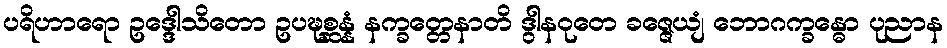
ပရိဟာရော ဥဒ္ဒေါသိတော ဥပဍ္ဎစ္ဆန္နံ နက္ခတ္တေနာတိ ဒွါနဝုတေ ခဇ္ဇေယျံ ဘောဂက္ခန္ဓော ပုညာန